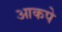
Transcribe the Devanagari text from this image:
आकपे